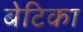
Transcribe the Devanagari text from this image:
बेटिका